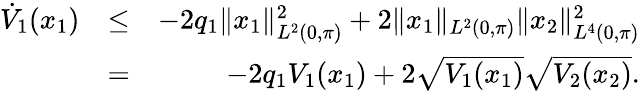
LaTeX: \begin{array}{rlr}{\dot{V}_{1}(x_{1})}&{\leq}&{-2q_{1}\| x_{1}\| _{L^{2}(0,\pi)}^{2}+2\| x_{1}\| _{L^{2}(0,\pi)}\| x_{2}\| _{L^{4}(0,\pi)}^{2}}\\ &{=}&{-2q_{1}V_{1}(x_{1})+2\sqrt{V_{1}(x_{1})}\sqrt{V_{2}(x_{2})}.}\end{array}